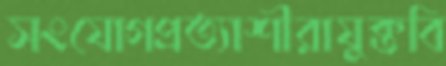
সংযোগপ্রত্যাশীরাযুক্তবি